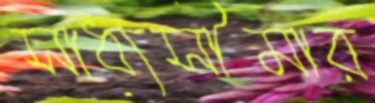
সাধ্যসীমার